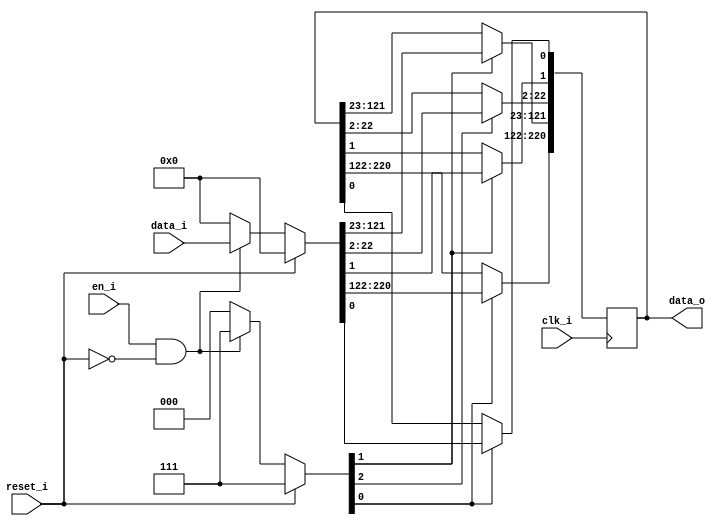
module bsg_dff_reset_en_width_p221
(
  clk_i,
  reset_i,
  en_i,
  data_i,
  data_o
);

  input [220:0] data_i;
  output [220:0] data_o;
  input clk_i;
  input reset_i;
  input en_i;
  wire N0,N1,N2,N3,N4,N5,N6,N7,N8,N9,N10,N11,N12,N13,N14,N15,N16,N17,N18,N19,N20,N21,
  N22,N23,N24,N25,N26,N27,N28,N29,N30,N31,N32,N33,N34,N35,N36,N37,N38,N39,N40,N41,
  N42,N43,N44,N45,N46,N47,N48,N49,N50,N51,N52,N53,N54,N55,N56,N57,N58,N59,N60,N61,
  N62,N63,N64,N65,N66,N67,N68,N69,N70,N71,N72,N73,N74,N75,N76,N77,N78,N79,N80,N81,
  N82,N83,N84,N85,N86,N87,N88,N89,N90,N91,N92,N93,N94,N95,N96,N97,N98,N99,N100,N101,
  N102,N103,N104,N105,N106,N107,N108,N109,N110,N111,N112,N113,N114,N115,N116,N117,
  N118,N119,N120,N121,N122,N123,N124,N125,N126,N127,N128,N129,N130,N131,N132,N133,
  N134,N135,N136,N137,N138,N139,N140,N141,N142,N143,N144,N145,N146,N147,N148,N149,
  N150,N151,N152,N153,N154,N155,N156,N157,N158,N159,N160,N161,N162,N163,N164,N165,
  N166,N167,N168,N169,N170,N171,N172,N173,N174,N175,N176,N177,N178,N179,N180,N181,
  N182,N183,N184,N185,N186,N187,N188,N189,N190,N191,N192,N193,N194,N195,N196,N197,
  N198,N199,N200,N201,N202,N203,N204,N205,N206,N207,N208,N209,N210,N211,N212,N213,
  N214,N215,N216,N217,N218,N219,N220,N221,N222,N223,N224,N225,N226,N227,N228;
  reg [220:0] data_o;
  assign { N7, N5, N3 } = (N0)? { 1'b1, 1'b1, 1'b1 } : 
                          (N228)? { 1'b1, 1'b1, 1'b1 } : 
                          (N2)? { 1'b0, 1'b0, 1'b0 } : 1'b0;
  assign N0 = reset_i;
  assign { N226, N225, N224, N223, N222, N221, N220, N219, N218, N217, N216, N215, N214, N213, N212, N211, N210, N209, N208, N207, N206, N205, N204, N203, N202, N201, N200, N199, N198, N197, N196, N195, N194, N193, N192, N191, N190, N189, N188, N187, N186, N185, N184, N183, N182, N181, N180, N179, N178, N177, N176, N175, N174, N173, N172, N171, N170, N169, N168, N167, N166, N165, N164, N163, N162, N161, N160, N159, N158, N157, N156, N155, N154, N153, N152, N151, N150, N149, N148, N147, N146, N145, N144, N143, N142, N141, N140, N139, N138, N137, N136, N135, N134, N133, N132, N131, N130, N129, N128, N127, N126, N125, N124, N123, N122, N121, N120, N119, N118, N117, N116, N115, N114, N113, N112, N111, N110, N109, N108, N107, N106, N105, N104, N103, N102, N101, N100, N99, N98, N97, N96, N95, N94, N93, N92, N91, N90, N89, N88, N87, N86, N85, N84, N83, N82, N81, N80, N79, N78, N77, N76, N75, N74, N73, N72, N71, N70, N69, N68, N67, N66, N65, N64, N63, N62, N61, N60, N59, N58, N57, N56, N55, N54, N53, N52, N51, N50, N49, N48, N47, N46, N45, N44, N43, N42, N41, N40, N39, N38, N37, N36, N35, N34, N33, N32, N31, N30, N29, N28, N27, N26, N25, N24, N23, N22, N21, N20, N19, N18, N17, N16, N15, N14, N13, N12, N11, N10, N9, N8, N6, N4 } = (N0)? { 1'b0, 1'b0, 1'b0, 1'b0, 1'b0, 1'b0, 1'b0, 1'b0, 1'b0, 1'b0, 1'b0, 1'b0, 1'b0, 1'b0, 1'b0, 1'b0, 1'b0, 1'b0, 1'b0, 1'b0, 1'b0, 1'b0, 1'b0, 1'b0, 1'b0, 1'b0, 1'b0, 1'b0, 1'b0, 1'b0, 1'b0, 1'b0, 1'b0, 1'b0, 1'b0, 1'b0, 1'b0, 1'b0, 1'b0, 1'b0, 1'b0, 1'b0, 1'b0, 1'b0, 1'b0, 1'b0, 1'b0, 1'b0, 1'b0, 1'b0, 1'b0, 1'b0, 1'b0, 1'b0, 1'b0, 1'b0, 1'b0, 1'b0, 1'b0, 1'b0, 1'b0, 1'b0, 1'b0, 1'b0, 1'b0, 1'b0, 1'b0, 1'b0, 1'b0, 1'b0, 1'b0, 1'b0, 1'b0, 1'b0, 1'b0, 1'b0, 1'b0, 1'b0, 1'b0, 1'b0, 1'b0, 1'b0, 1'b0, 1'b0, 1'b0, 1'b0, 1'b0, 1'b0, 1'b0, 1'b0, 1'b0, 1'b0, 1'b0, 1'b0, 1'b0, 1'b0, 1'b0, 1'b0, 1'b0, 1'b0, 1'b0, 1'b0, 1'b0, 1'b0, 1'b0, 1'b0, 1'b0, 1'b0, 1'b0, 1'b0, 1'b0, 1'b0, 1'b0, 1'b0, 1'b0, 1'b0, 1'b0, 1'b0, 1'b0, 1'b0, 1'b0, 1'b0, 1'b0, 1'b0, 1'b0, 1'b0, 1'b0, 1'b0, 1'b0, 1'b0, 1'b0, 1'b0, 1'b0, 1'b0, 1'b0, 1'b0, 1'b0, 1'b0, 1'b0, 1'b0, 1'b0, 1'b0, 1'b0, 1'b0, 1'b0, 1'b0, 1'b0, 1'b0, 1'b0, 1'b0, 1'b0, 1'b0, 1'b0, 1'b0, 1'b0, 1'b0, 1'b0, 1'b0, 1'b0, 1'b0, 1'b0, 1'b0, 1'b0, 1'b0, 1'b0, 1'b0, 1'b0, 1'b0, 1'b0, 1'b0, 1'b0, 1'b0, 1'b0, 1'b0, 1'b0, 1'b0, 1'b0, 1'b0, 1'b0, 1'b0, 1'b0, 1'b0, 1'b0, 1'b0, 1'b0, 1'b0, 1'b0, 1'b0, 1'b0, 1'b0, 1'b0, 1'b0, 1'b0, 1'b0, 1'b0, 1'b0, 1'b0, 1'b0, 1'b0, 1'b0, 1'b0, 1'b0, 1'b0, 1'b0, 1'b0, 1'b0, 1'b0, 1'b0, 1'b0, 1'b0, 1'b0, 1'b0, 1'b0, 1'b0, 1'b0, 1'b0, 1'b0, 1'b0, 1'b0, 1'b0, 1'b0 } : 
                                                                                                                                                                                                                                                                                                                                                                                                                                                                                                                                                                                                                                                                                                                                                                                                                                                                                                                                                                                                                                                                                                                                                                                                                                                                                          (N228)? data_i : 1'b0;
  assign N1 = en_i | reset_i;
  assign N2 = ~N1;
  assign N227 = ~reset_i;
  assign N228 = en_i & N227;

  always @(posedge clk_i) begin
    if(N3) begin
      { data_o[220:122], data_o[0:0] } <= { N226, N225, N224, N223, N222, N221, N220, N219, N218, N217, N216, N215, N214, N213, N212, N211, N210, N209, N208, N207, N206, N205, N204, N203, N202, N201, N200, N199, N198, N197, N196, N195, N194, N193, N192, N191, N190, N189, N188, N187, N186, N185, N184, N183, N182, N181, N180, N179, N178, N177, N176, N175, N174, N173, N172, N171, N170, N169, N168, N167, N166, N165, N164, N163, N162, N161, N160, N159, N158, N157, N156, N155, N154, N153, N152, N151, N150, N149, N148, N147, N146, N145, N144, N143, N142, N141, N140, N139, N138, N137, N136, N135, N134, N133, N132, N131, N130, N129, N128, N4 };
    end 
    if(N5) begin
      { data_o[121:23], data_o[1:1] } <= { N127, N126, N125, N124, N123, N122, N121, N120, N119, N118, N117, N116, N115, N114, N113, N112, N111, N110, N109, N108, N107, N106, N105, N104, N103, N102, N101, N100, N99, N98, N97, N96, N95, N94, N93, N92, N91, N90, N89, N88, N87, N86, N85, N84, N83, N82, N81, N80, N79, N78, N77, N76, N75, N74, N73, N72, N71, N70, N69, N68, N67, N66, N65, N64, N63, N62, N61, N60, N59, N58, N57, N56, N55, N54, N53, N52, N51, N50, N49, N48, N47, N46, N45, N44, N43, N42, N41, N40, N39, N38, N37, N36, N35, N34, N33, N32, N31, N30, N29, N6 };
    end 
    if(N7) begin
      { data_o[22:2] } <= { N28, N27, N26, N25, N24, N23, N22, N21, N20, N19, N18, N17, N16, N15, N14, N13, N12, N11, N10, N9, N8 };
    end 
  end


endmodule